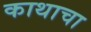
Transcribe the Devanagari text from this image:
काथाचा